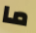
ما